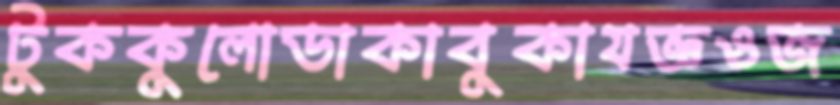
টুককুলোডাকাবুকাযজ্ঞওজ